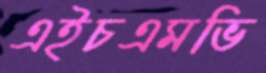
এইচএমভি